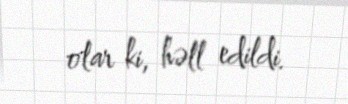
olar ki, həll edildi.